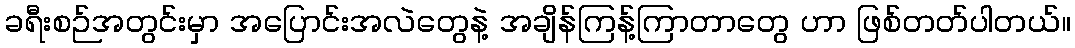
ခရီးစဉ်အတွင်းမှာ အပြောင်းအလဲတွေနဲ့ အချိန်ကြန့်ကြာတာတွေ ဟာ ဖြစ်တတ်ပါတယ်။